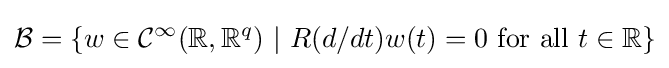
{\mathcal {B}}=\{w\in {\mathcal {C}}^{\infty }(\mathbb {R} ,\mathbb {R} ^{q})~|~R(d/dt)w(t)=0{\text{ for all }}t\in \mathbb {R} \}